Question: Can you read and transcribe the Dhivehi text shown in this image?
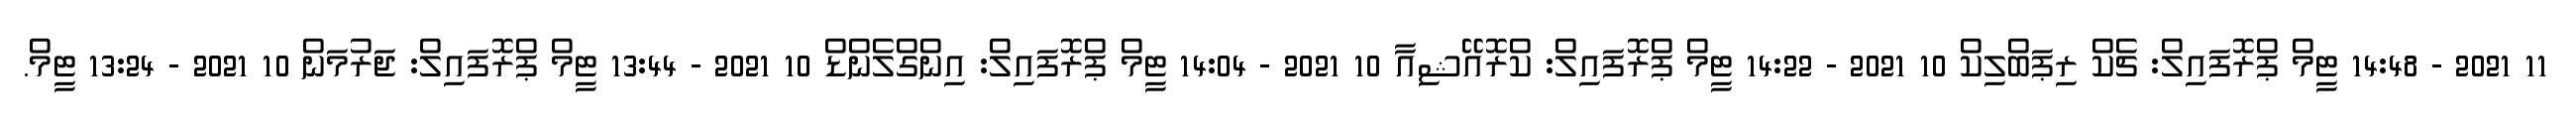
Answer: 11 2021 - 14:48 ޓީމް ޕްރޮފައިލް: ޗެކް ރިޕަބްލިކް 10 2021 - 14:22 ޓީމް ޕްރޮފައިލް: ކްރޮއޭޝިއާ 10 2021 - 14:04 ޓީމް ޕްރޮފައިލް: އިންގްލެންޑް 10 2021 - 13:44 ޓީމް ޕްރޮފައިލް: ޖަރުމަން 10 2021 - 13:24 ޓީމް.